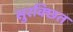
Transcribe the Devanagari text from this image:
सुरक्छित